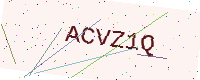
Text: ACVZ1Q